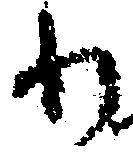
わ